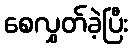
စေလွှတ်ခဲ့ပြီး